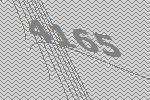
4165